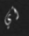
أي